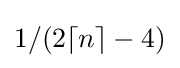
1/(2\lceil n\rceil -4)